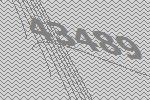
43489